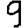
Digit: 9